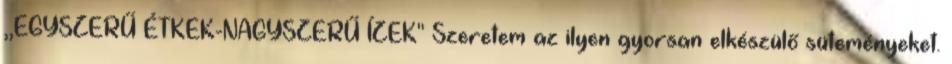
,,EGYSZERŰ ÉTKEK-NAGYSZERŰ ÍZEK'' Szeretem az ilyen gyorsan elkészülő süteményeket.